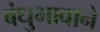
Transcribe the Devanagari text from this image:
बंधुभावाने